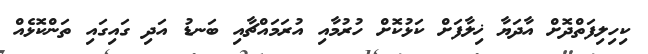
ކިހިލިފަތްދޮށް އާދަޔާ ޚިލާފަށް ކަޅުކޮށް ހުރުމާއި އުރަމައްޗާއި ބަނޑު އަދި ގައިގައި ތަންކޮޅެއް